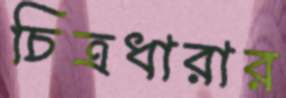
চিত্রধারার